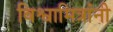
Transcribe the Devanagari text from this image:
विश्वामित्रांनी